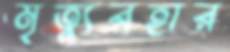
মৃত্যুরহার